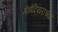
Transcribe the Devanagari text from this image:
गॅझेटियराच्या